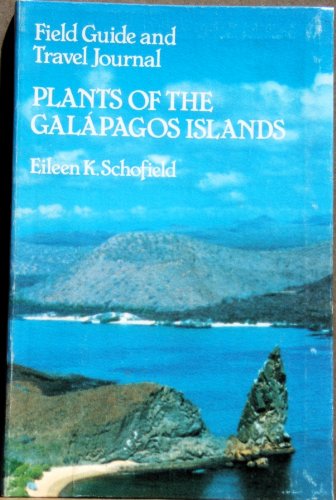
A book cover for Plants of the Galapagos Islands; Eileen Schofield; Travel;